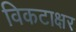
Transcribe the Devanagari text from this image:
विकटाक्षर